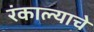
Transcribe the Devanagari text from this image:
रंकाल्याचे